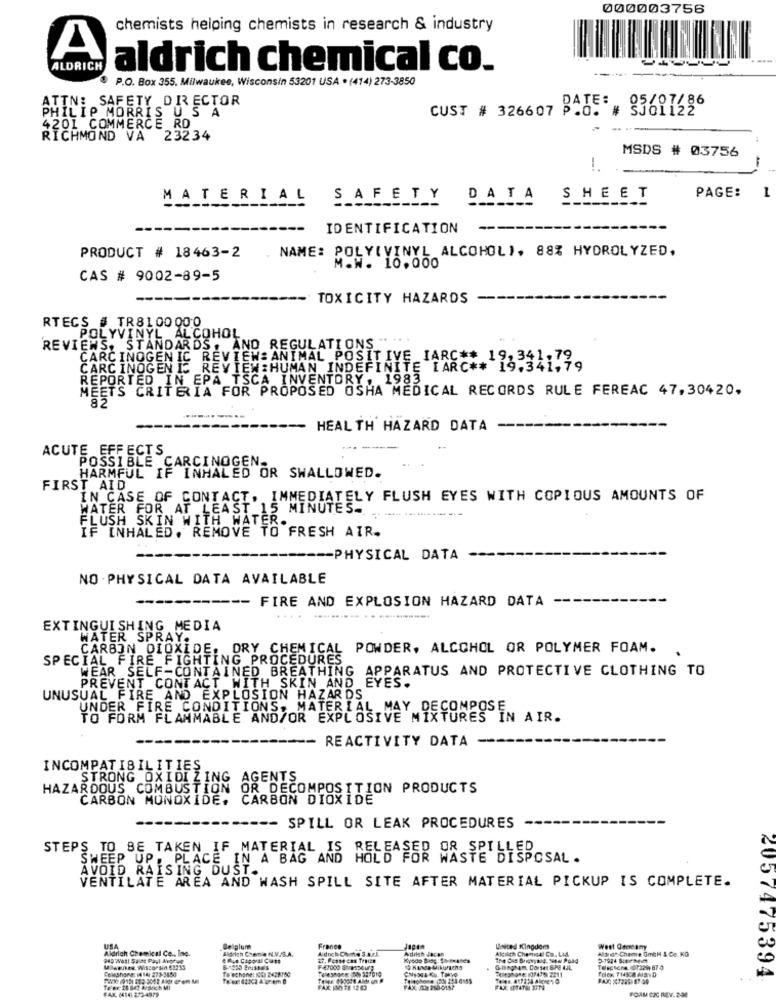
000003756
chemists helping chemists in research & industry
A
ALDRICH
aldrich chemical co.
P.O. Box 355, Milwaukee, Wisconsin 53201 USA . (414) 273-3850
ATTN: SAFETY DIRECTOR
CUST # 326607 P.O."
83691696
PHILIP MORRIS US A
4201 COMMERCE RD
RICHMOND VA 23234
MSDS # 03756
!.
PAGE:
1
MATERIAL
SAFETY DATA SHEET
IDENTIFICATION
NAME: POLY(VINYL ALCOHOL), 88% HYDROLYZED,
PRODUCT # 18463-2
M.W. 10.000
CAS # 9002-89-5
TOXICITY HAZARDS
RTECS # TR8100000
POLYVINYL ALCOHOL
REVIENS, STANDARDS, AND REGULATIONS "
CARCINOGENIC REVIEW: ANIMAL POSITIVE IARC ** 19,341.79
CARCINOGENIC REVIEW:HUMAN INDEFINITE IARC ** 19.341,79
REPORTED IN EPA TSCA INVENTORY, 1983
MEETS CRITERIA FOR PROPOSED OSHA MEDICAL RECORDS RULE FEREAC 47,30420.
HEALTH HAZARD DATA
ACUTE EFFECTS
POSSIBLE CARCINOGEN.
HARMFUL IF INHALED OR SWALLOWED.
FIRST AID
IN CASE OF CONTACT, IMMEDIATELY FLUSH EYES WITH COPIOUS AMOUNTS OF
WATER FOR AT LEAST 15 MINUTES.
FLUSH SKIN WITH WATER.
IF INHALED. REMOVE TO FRESH AIR.
=====- PHYSICAL DATA
NO . PHYSICAL DATA AVAILABLE
---------- FIRE AND EXPLOSION HAZARD DATA
EXTINGUISHING MEDIA
WATER SPRAY.
CARBON DIOXIDE. DRY CHEMICAL
POWDER, ALCOHOL OR POLYMER FOAM.
SPECIAL FIRE FIGHTING PROCEDURES
WEAR SELF-CONTAINED BREATHING
APPARATUS AND PROTECTIVE CLOTHING TO
PREVENT CONTACT WITH SKIN AND
EYES .
UNUSUAL FIRE AND EXPLOSION HAZARDS
UNDER FIRE CONDITIONS, MATERIAL MAY DECOMPOSE
TO FORM FLAMMABLE AND/OR EXPLOSIVE MIXTURES IN AIR.
---- REACTIVITY DATA
INCOMPATIBILITIES.
STRONG OXIDIZING AGENTS
HAZARDOUS COMBUSTION OR DECOMPOSI
CARBON MONOXIDE. CARBON DIOXIDEON PRODUCTS
--
-- SPILL OR LEAK PROCEDURES
STEPS TO BE TAKEN IF MATERIAL IS RELEASED
SWEEP UP, PLACE IN A BAG AND HOLD FOR WASTE DISPOSAL .
AVOID RAISING DUST.
VENTILATE AREA AND WASH SPILL SITE AFTER MATERIAL PICKUP IS COMPLETE.
Aldrich Chemical Co ., Inc.
USA
Belgium
Aldrich Cenie N.V.S.A.
France
Adich Chine S.a.r.l.
Adilah Jacan
Alrlich Chemical Co. Ltd.
United Kingdom
West Geneany
Altın Cheme GmCH & Co. KG
Www.es. Wisconsin 63235
Te'schone: CO 2428750
6-1235 Brussels
Dagham. Corset 6PE IJL.
2057475394
Tene is adt A/Ssich MI
FAX (16 273-4979
FAX 130 78 1203
FAX JE 258-0157
FOAM COC REV. 2:30